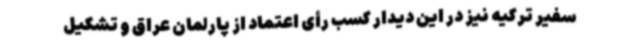
سفیر ترکیه نیز در این دیدار کسب رأی اعتماد از پارلمان عراق و تشکیل